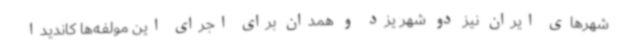
شهرهای ایران نیز دو شهر یزد و همدان برای اجرای این مولفه‌ها کاندیدا